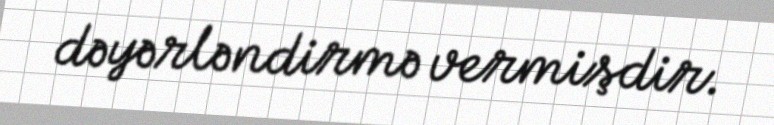
dəyərləndirmə vermişdir.